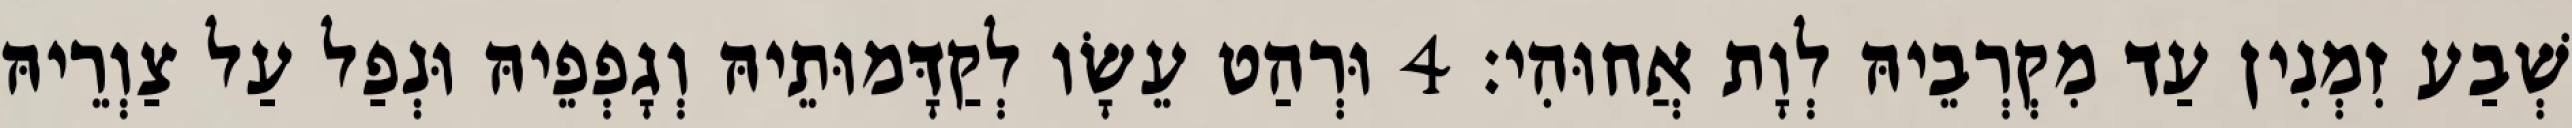
שְׁבַע זִמְנִין עַד מִקְרְבֵיהּ לְוָת אֲחוּהִי׃ 4 וּרְהַט עֵשָׂו לְקַדָּמוּתֵיהּ וְגָפְפֵיהּ וּנְפַל עַל צַוְרֵיהּ